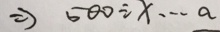
\Rightarrow 5 0 0 \div x \cdots a